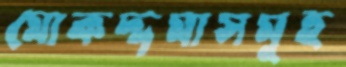
মোকদ্দমাসমূহ